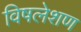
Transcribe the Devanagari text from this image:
विषलेशण